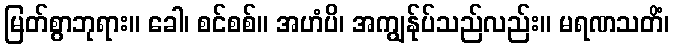
မြတ်စွာဘုရား။ ခေါ၊ စင်စစ်။ အဟံပိ၊ အကျွန်ုပ်သည်လည်း။ မရဏသတိံ၊